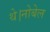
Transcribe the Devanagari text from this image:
थे।नोबेल